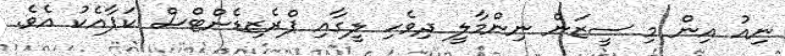
ނިއު އިން މި ސީޒަން ނިންމާލީ ދިވެހި ލީގާއި ޕްރެޒިޑެންޓްސް ކަޕާއެކު އެވެ.